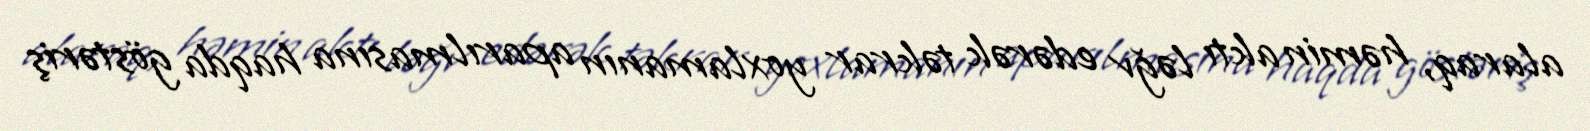
alaraq, həmin aktı ləğv edərək təkrar yoxlamanın aparılmasına haqda göstəriş